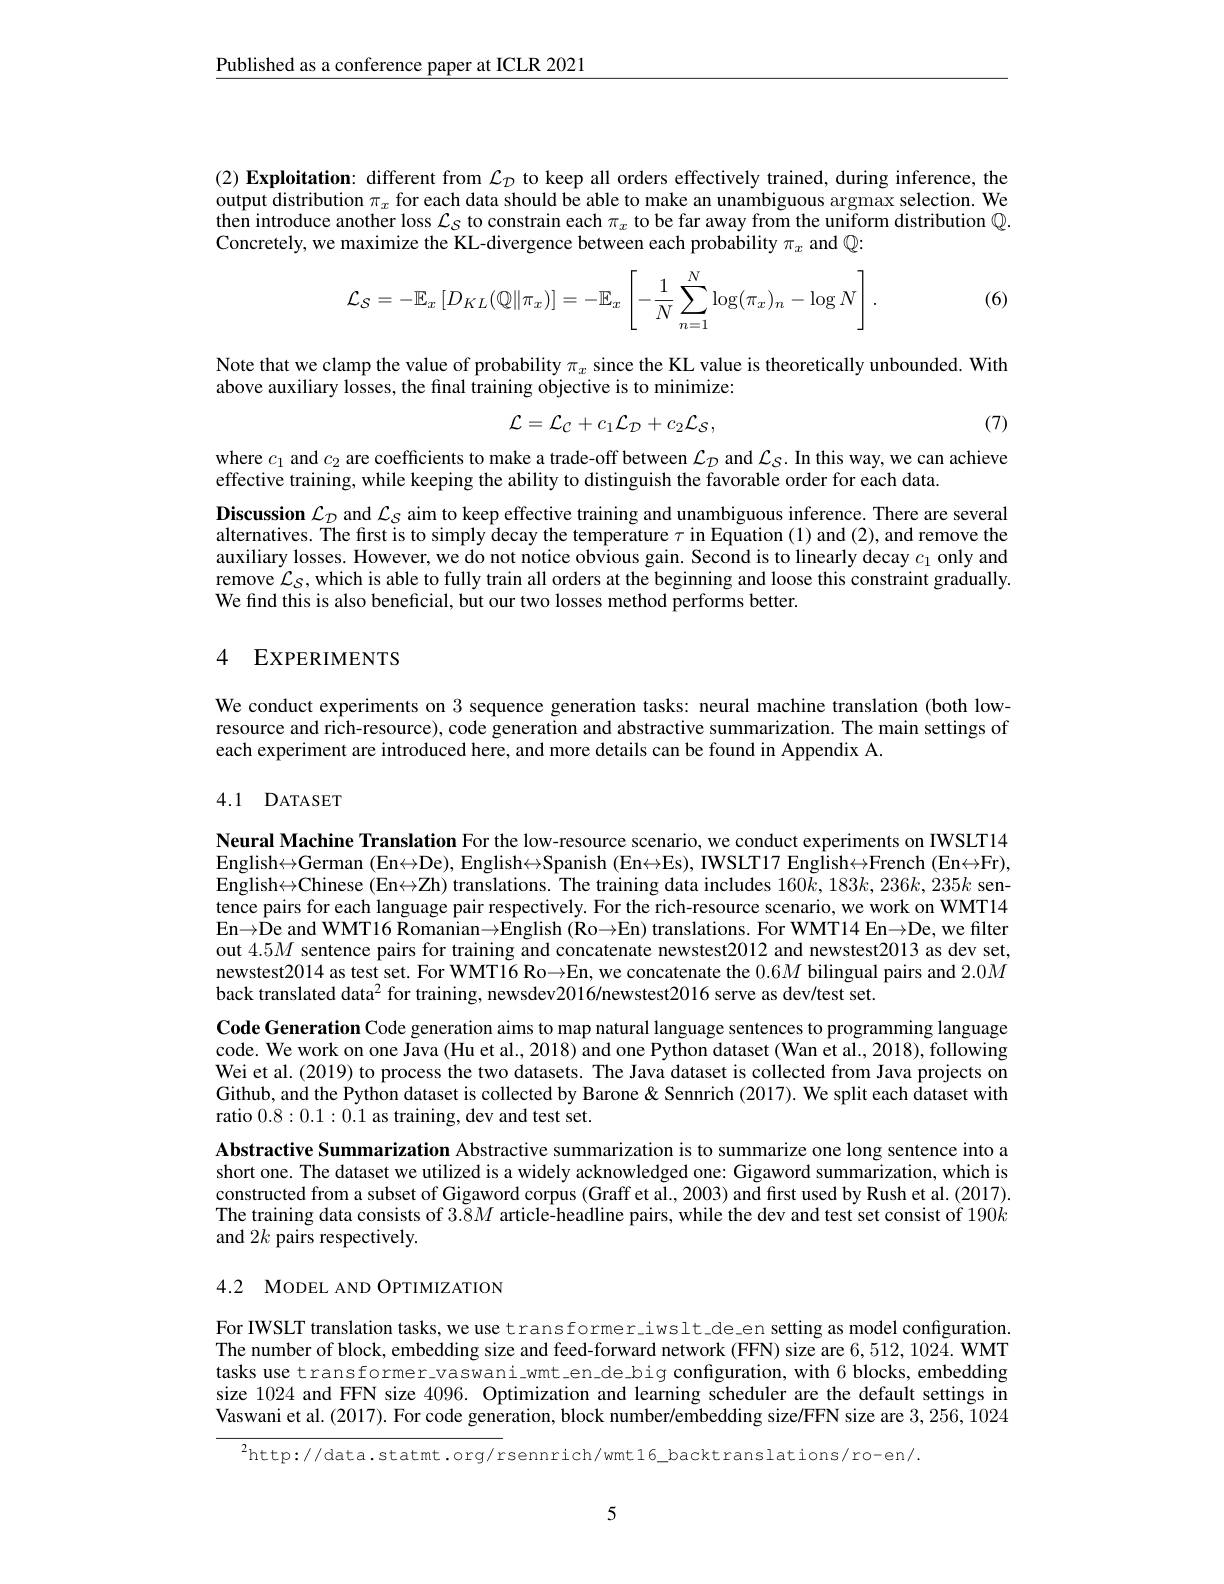
$\underline{\text{Published as a conference paper at ICLR 2021}}$

(2) Exploitation: different from $\mathcal{L}_D$ to keep all orders effectively trained, during inference, the output distribution $\pi_x$ for each data should be able to make an unambiguous argmax selection. We then introduce another loss $\mathcal{L}_S$ to constrain each $\pi_x$ to be far away from the uniform distribution $\mathbb{Q}.$ Concretely, we maximize the KL-divergence between each probability $\pi_x$ and $\mathbb{Q}:$

(6)
$$\mathcal{L}_{\mathcal{S}}=-\mathbb{E}_x\left[D_{KL}(\mathbb{Q}\|\pi_x)\right]=-\mathbb{E}_x\left[-\frac{1}{N}\sum_{n=1}^N\log(\pi_x)_n-\log N\right].$$
Note that we clamp the value of probability $\pi_x$ since the KL value is theoretically unbounded. With
above auxiliary losses, the final training objective is to minimize:
$$\mathcal{L}=\mathcal{L}_{\mathcal{C}}+c_{1}\mathcal{L}_{\mathcal{D}}+c_{2}\mathcal{L}_{\mathcal{S}},$$
(7)

where $c_1$ and $c_2$ are coefficients to make a trade-off between $\mathcal{L}_D$ and $\mathcal{L}_S.$ In this way, we can achieve
effective training, while keeping the ability to distinguish the favorable order for each data.

Discussion $\mathcal{L}_{\mathcal{D}}$ and $\mathcal{L}_S$ aim to keep effective training and unambiguous inference. There are several alternatives. The first is to simply decay the temperature $\tau$ in Equation (1) and (2), and remove the auxiliary losses. However, we do not notice obvious gain. Second is to linearly decay $c_1$ only and remove $\mathcal{L}_S$,which is able to fully train all orders at the beginning and loose this constraint gradually. We find this is also beneficial, but our two losses method performs better.

## 4 EXPERIMENTS

We conduct experiments on 3 sequence generation tasks: neural machine translation (both lowresource and rich-resource), code generation and abstractive summarization. The main settings of each experiment are introduced here, and more details can be found in Appendix A.

## 4.1 DATASET

Neural Machine Translation For the low-resource scenario, we conduct experiments on IWSLT14 $English\leftrightarrow German (En\leftrightarrow De), English\leftrightarrow Spanish (En\leftrightarrow Es), IWSLT17 English\leftrightarrow French (En\leftrightarrow Fr)$, English$\leftrightarrow$Chinese ( En$\leftrightarrow$Zh) translations. The training data includes 160k, 183k, 236k, 235k sen- tence pairs for each language pair respectively. For the rich-resource scenario, we work on WMT14 En$\to \hat{D}$e and WMT16 $\tilde{R}$omanian$\to$English ( Ro$\to$En) translations. For WMT14 En$\to$De, we filter out $4.5M$ sentence pairs for training and concatenate newstest2012 and newstest2013 as dev set, newstest2014 as test set. For WMT16 Ro→En, we concatenate the $0.6M$ bilingual pairs and $2.0M$ back translated data$^2$ for training, newsdev2016/newstest2016 serve as dev/test set.
Code Generation Code generation aims to map natural language sentences to programming language code. We work on one Java (Hu et al., 2018) and one Python dataset (Wan et al., 2018), following Wei et al. (2019) to process the two datasets. The Java dataset is collected from Java projects on Github, and the Python dataset is collected by Barone & Sennrich (2017). We split each dataset with ratio 0.8:0.1:0.1 as training, dev and test set.
Abstractive Summarization Abstractive summarization is to summarize one long sentence into a short one. The dataset we utilized is a widely acknowledged one: Gigaword summarization, which is constructed from a subset of Gigaword corpus (Graff et al., 2003) and first used by Rush et al. (2017). The training data consists of $3.8M$ article-headline pairs, while the dev and test set consist of 190k and 2k pairs respectively.

# 4.2 MODEL AND OPTIMIZATION

For IWSLT translation tasks, we use transformer\_iwslt\_de\_en setting as model configuration. The number of block, embedding size and feed-forward network (FFN) size are 6,512,1024. WMT tasks use transformer\_vaswani\_wmt\_en\_de\_big configuration, with 6 blocks, embedding size 1024 and FFN size 4096. Optimization and learning scheduler are the default settings in Vaswani et al. (2017). For code generation, block number/embedding size/FFN size are 3,256,1024

$^{2}$http://data.statmt.org/rsennrich/wmt16\_backtranslations/ro-en/.

5